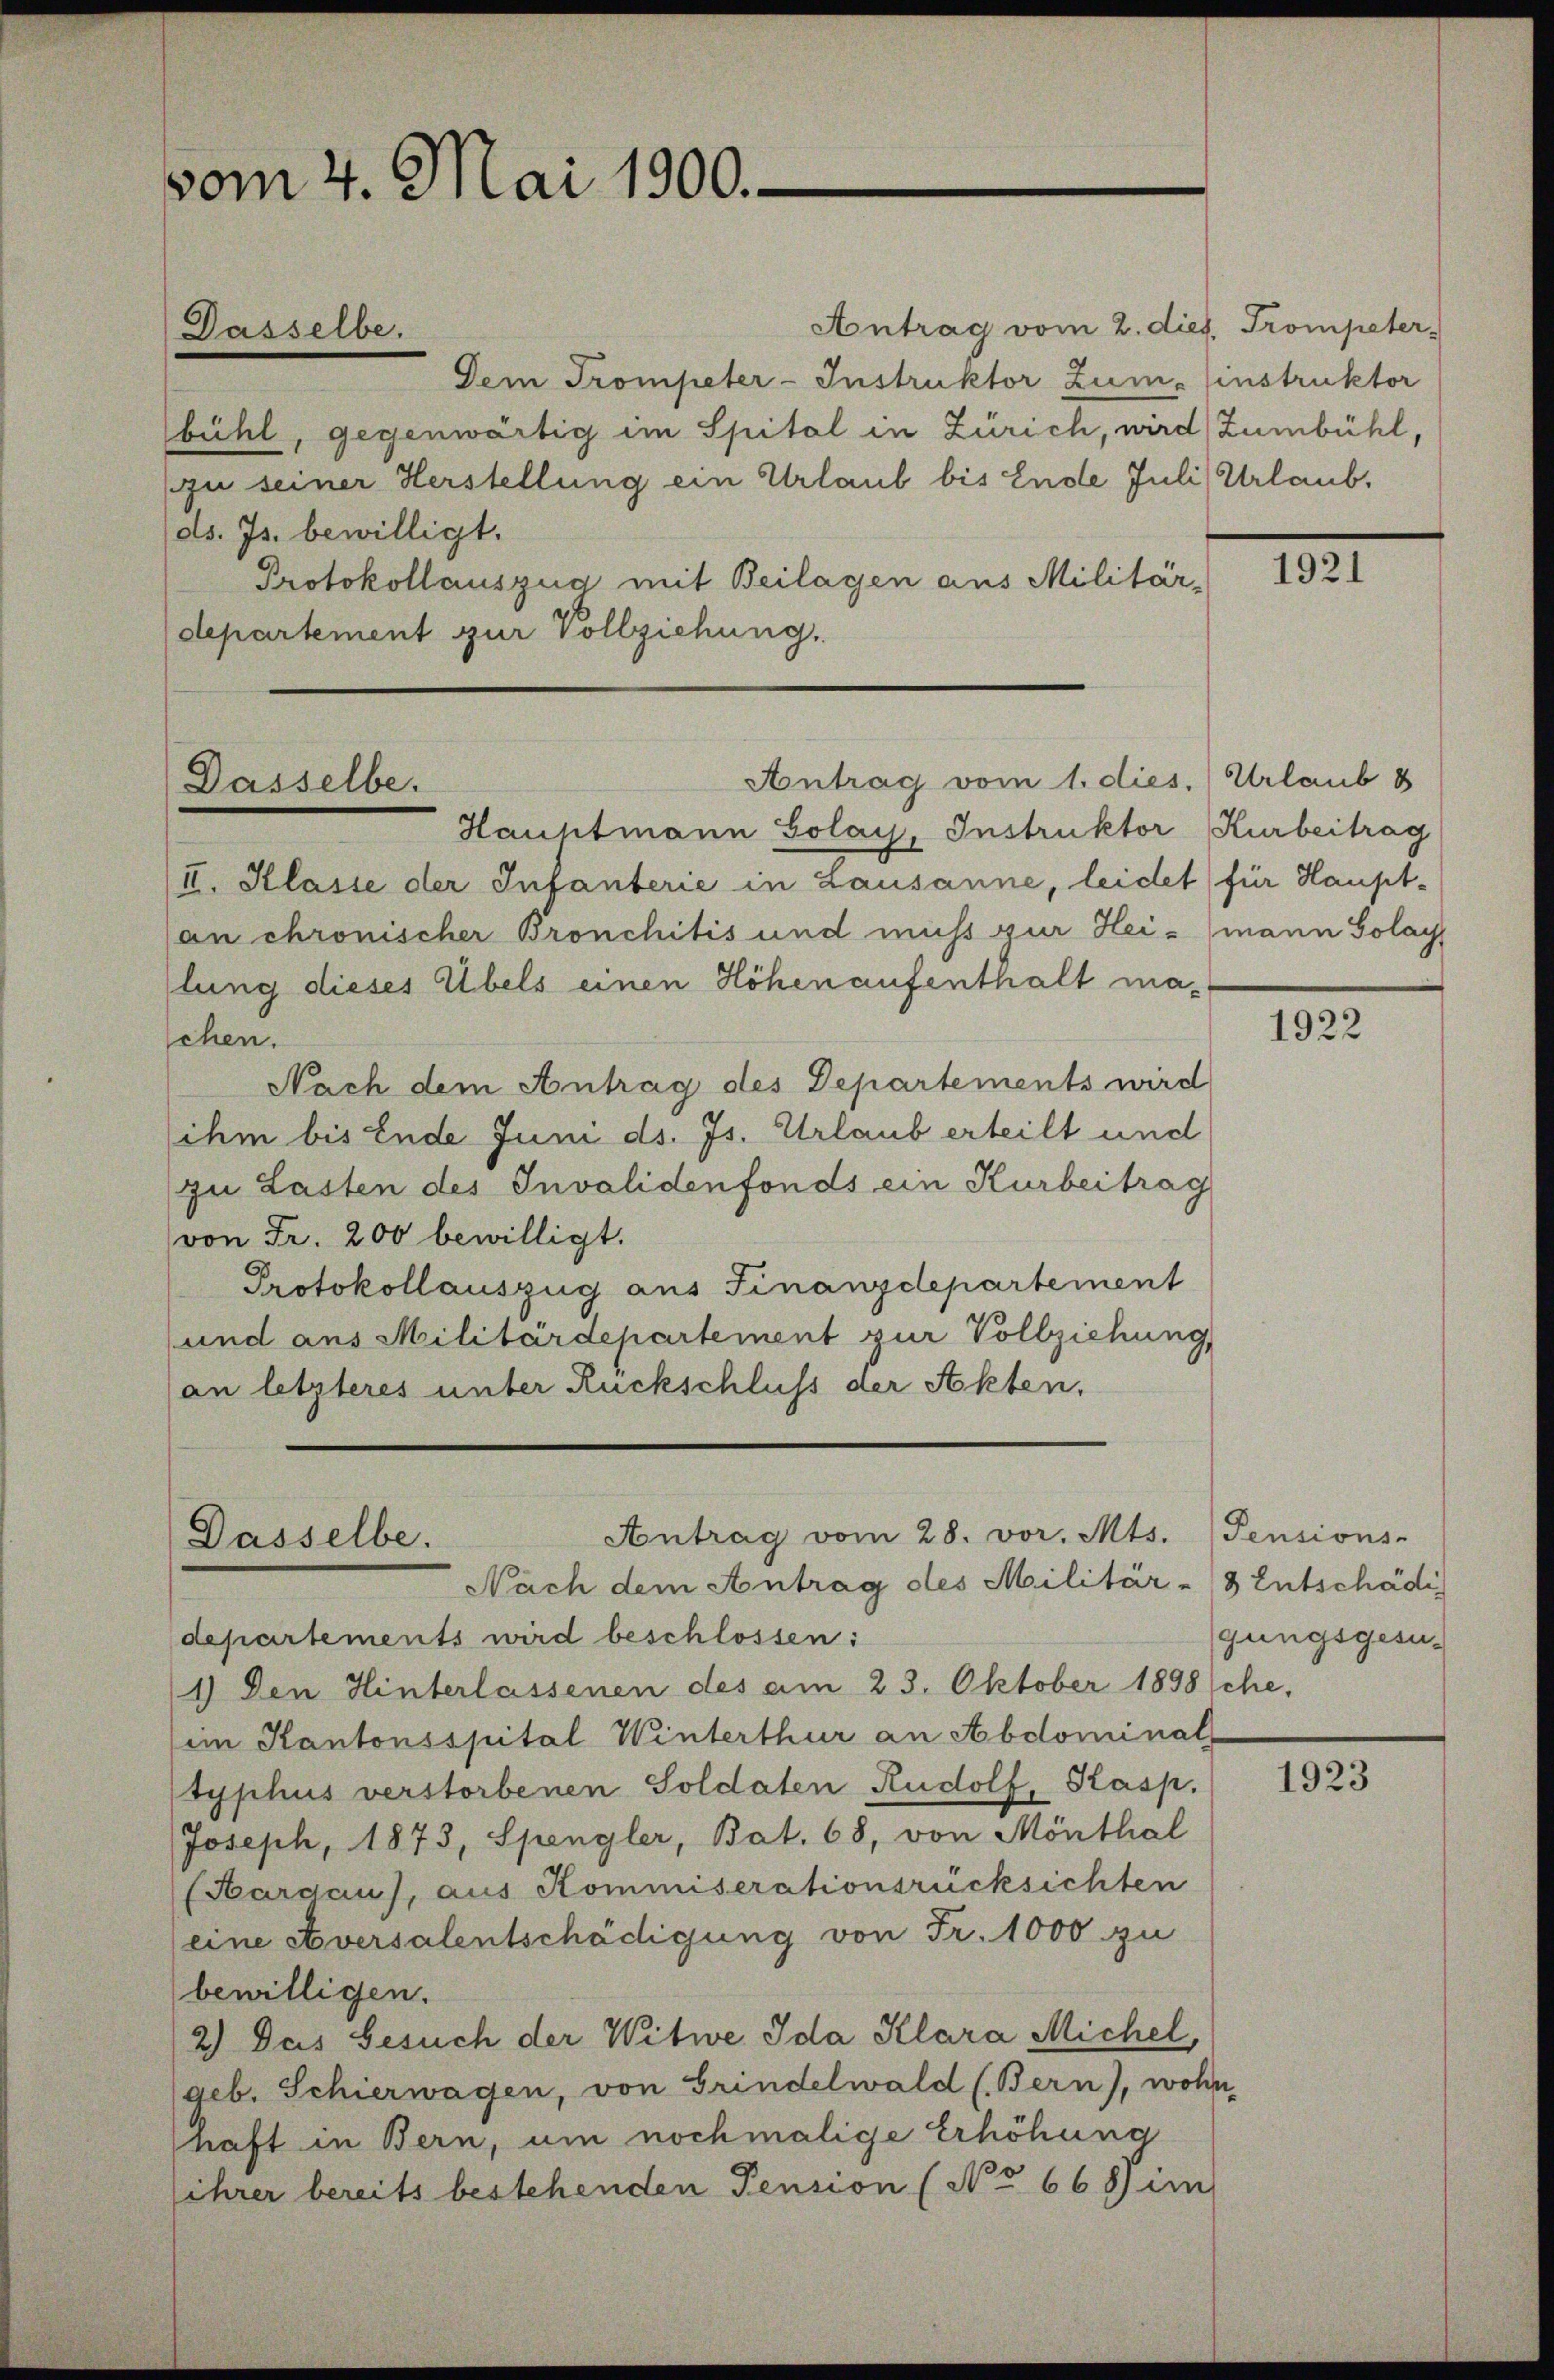
vom 4. Mai 1900.

Antrag vom 2. dies. Trompeter
Dem Trompeter-Instruktor Zum Einstruktor
bühl, gegenwärtig im Spital in Zürich, wird, Zumbühl,
zu seiner Herstellung ein Urlaub bis Ende Juli Urlaub,
ds. Js. bewilligt.
Protokollauszug mit Beilagen aus Militär-
departement zur Vollziehung.

Dasselbe.

Hauhtmann Golay, Instruktor Kurbeitrag
II. Klasse der Infanterie in Lausanne, leidet für Haupt-
an chronischer Bronchitis und muss zur Heimann Solay
lung dieses Übels einen Höhenaufenthalt maschen.
Nach dem Antrag des Departements wird
ihm bis Ende Juni ds. Js. Urlaub erteilt und
zu Lasten des Invalidenfonds ein Kurbeitrag
von Fr. 200 bewilligt.
Protokollauszug aus Finanzdepartement
und aus Militärdepartement zur Vollziehung
an letzteres unter Rückschluss der Akten,

Dasselbe.

Antrag vom 1. dies.) Urlaub 8

Antrag vom 28. vor. Mts.
Dasselbe.
Nach dem Antrag des Militär- & Entschädi

departements wird beschlossen:
1.) Den Hinterlassenen des am 23. Oktober 1898 sche,
im Kantonsspital Winterthur an Abdominals
typhus verstorbenen Soldaten Rudolf, Kasp.
Joseph, 1873, Spengler, Bat. 68, von Mönthal
(Hargau), aus Kommiserationsrücksichten
eine Aversalentschädigung von Fr. 1000 zu
bewilligen.
2.) Das Gesuch der Witwe Ida Klara Michel,
(geb. Schierwagen, von Grindelwald (Bern), wohn
haft in Bern, um nochmalige Erhöhung
ihrer bereits bestehenden Pension (No 668) im

1921

1922

Pensions-
gungsgesu¬

1923